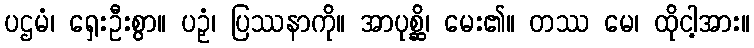
ပဌမံ၊ ရှေးဦးစွာ။ ပဉှံ၊ ပြဿနာကို။ အာပုစ္ဆိ၊ မေး၏။ တဿ မေ၊ ထိုငါ့အား။